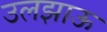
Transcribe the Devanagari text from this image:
उलझाऊ